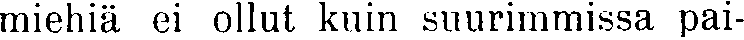
miehiä ei ollut kuin suurimmissa pai-